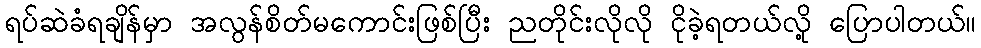
ရပ်ဆဲခံရချိန်မှာ အလွန်စိတ်မကောင်းဖြစ်ပြီး ညတိုင်းလိုလို ငိုခဲ့ရတယ်လို့ ပြောပါတယ်။